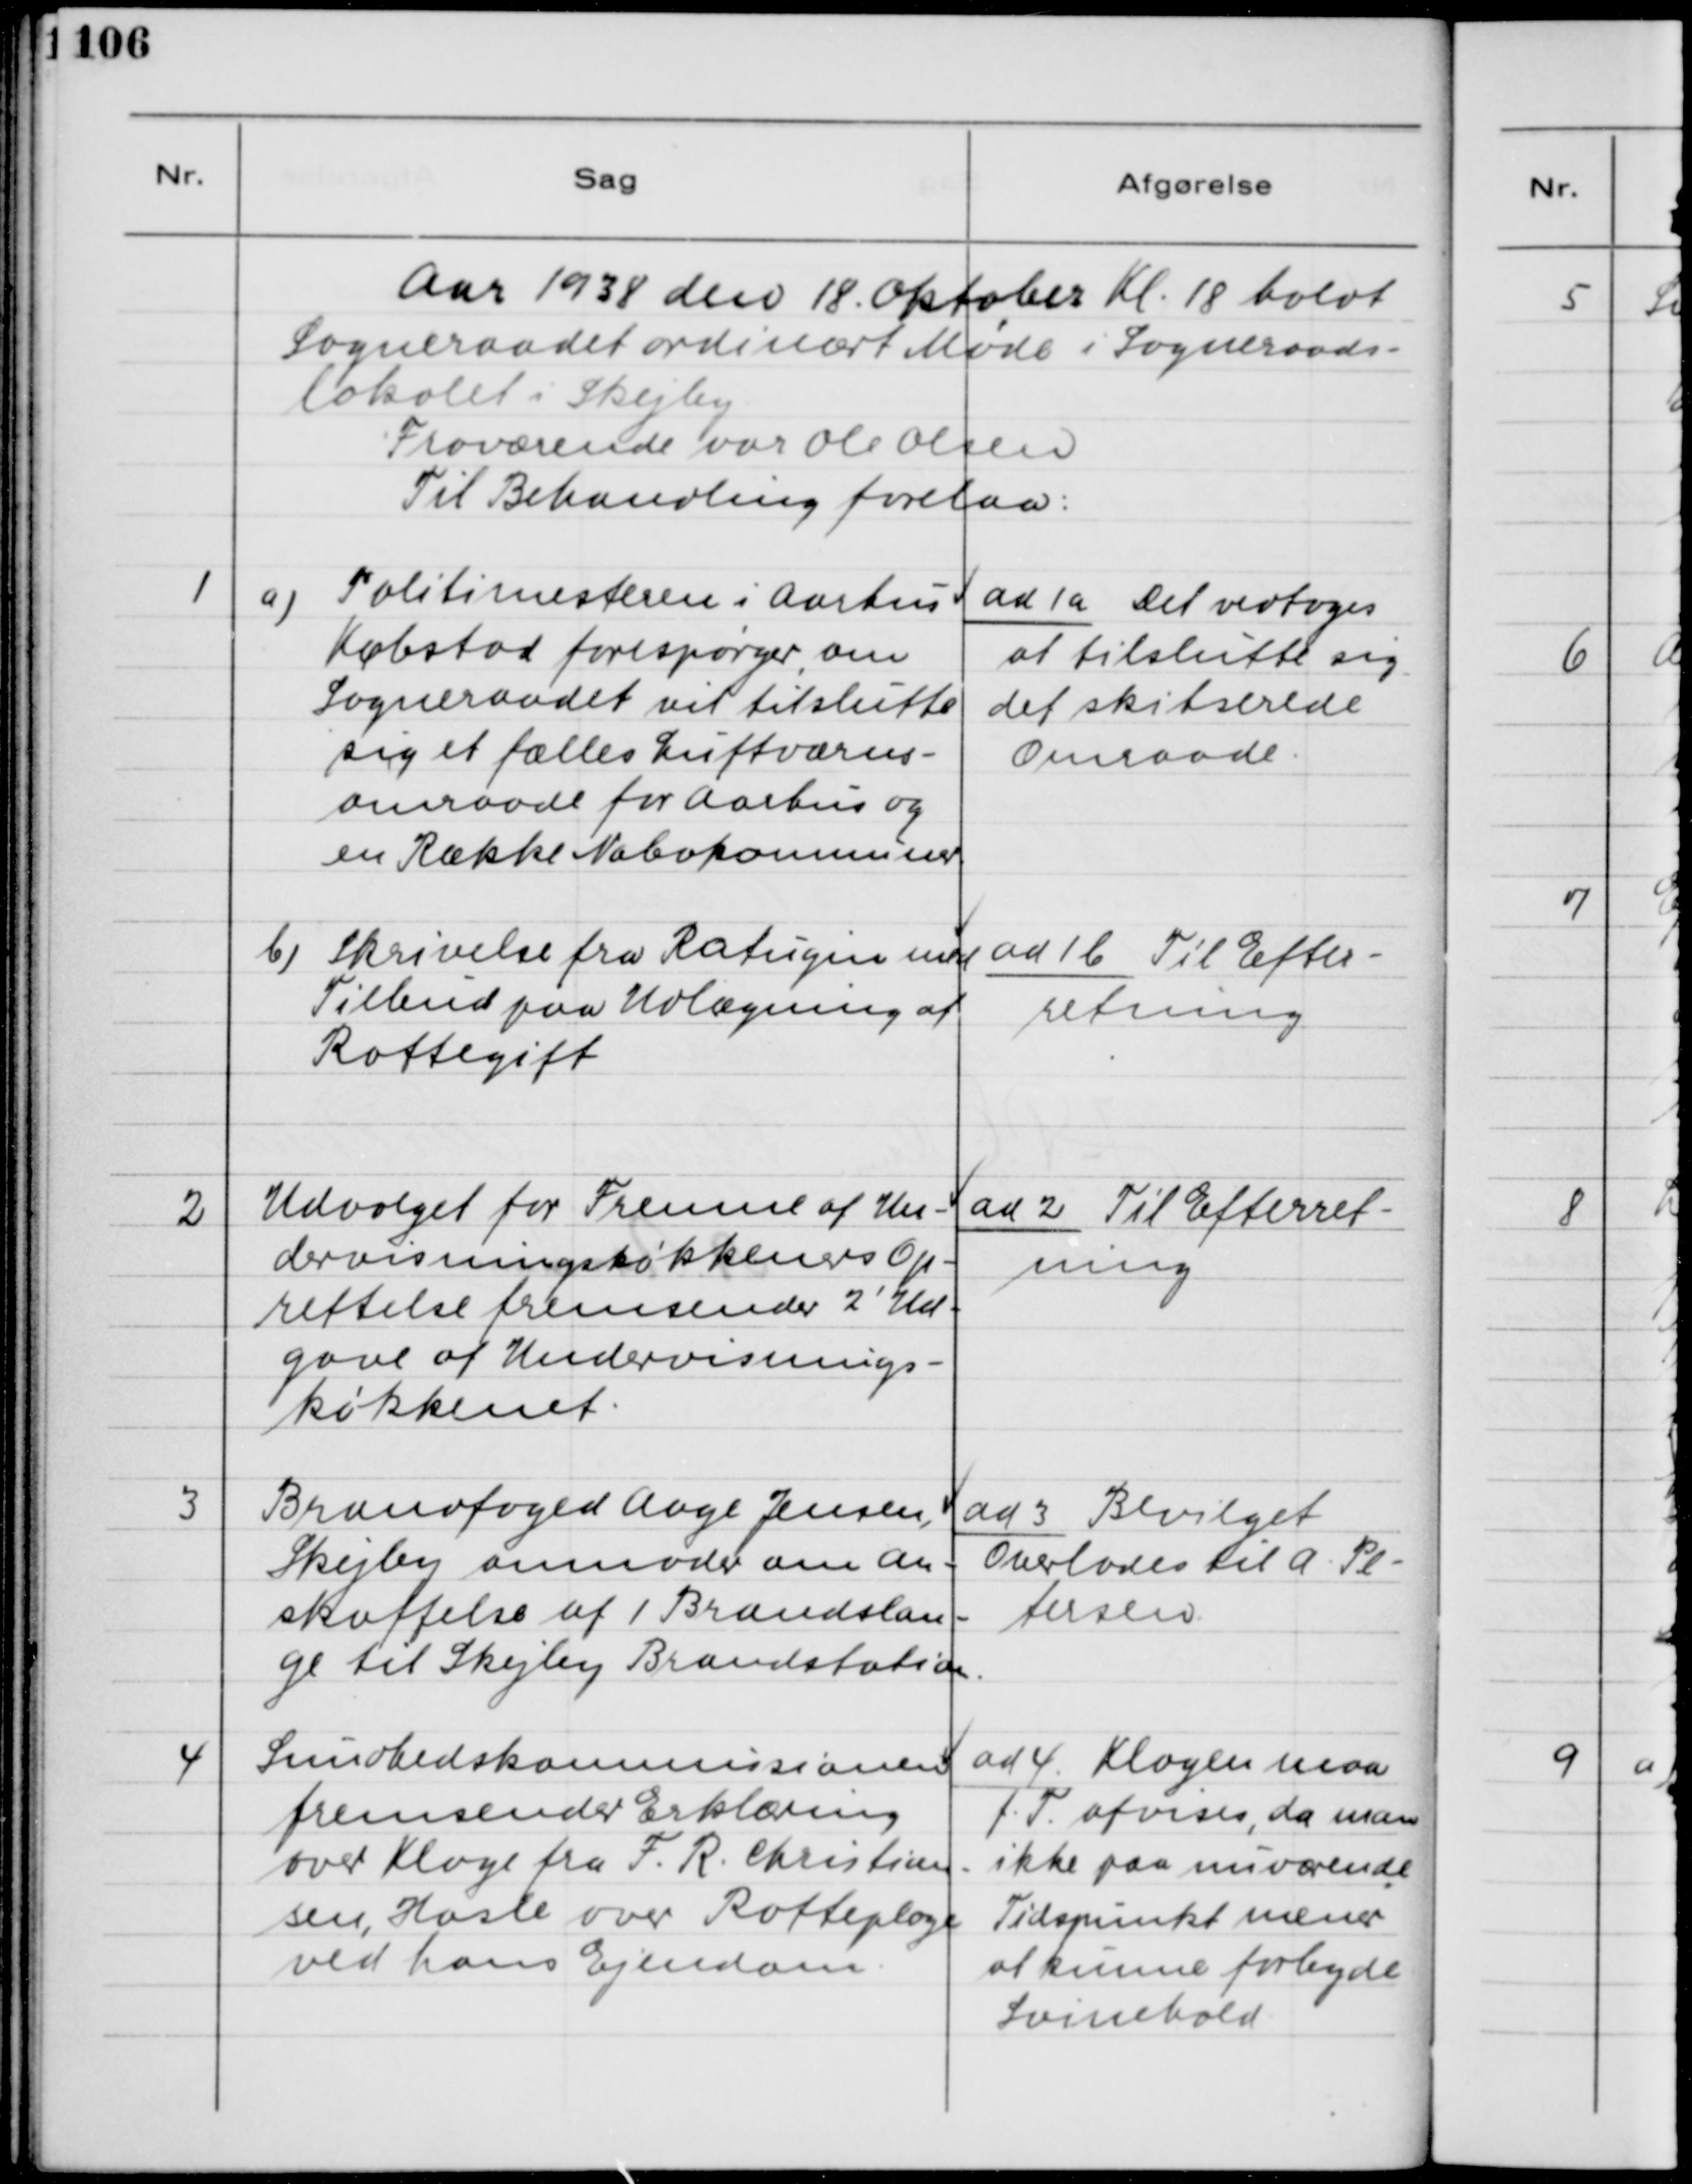
Transskription:
Aar 1938 den 18. Oktober Kl. 18 holdt
Sogneraadet ordinært Møde i Sogneraads-
lokalet i Skejby.
Fraværende var Ole Olsen
Til Behandling forelaa:

1 a) Politimesteren i Aarhus
Købstad forespørger om
Sogneraadet vil tilslutte
sig et fælles Luftværns-
omraade for Aarhus og
en Række Nabokommuner.

ad 1 a Det vedtoges
at tilslutte sig
det skitserede
Omraade.

b) Skrivelse fra Ratugin med
Tilbud paa Udlægning af
Rottegift.

ad 1b. Til Efter-
retning

2. Udvalget for Fremme af Un-
dervisningskøkkeners Op-
rettelse fremsender 2´ Ud-
gave af Undervisnings-
køkkenet.

ad 2. Til Efterret-
ning

3. Brandfoged Aage Jensen,
Skejby anmoder om An-
skaffelse af 1 Brandslan-
ge til Skejby Brandstation.

ad 3. Bevilget.
Overlades til A. Pe-
tersen.

4. Sundhedskommissionen
fremsender Erklæring
over Klage fra F. R. Christian-
sen, Hasle over Rotteplage
ved hans Ejendom.

ad 4. Klagen maa
f.T. afvises, da man
ikke paa nuværende
Tidspunkt mener
at kunne forbyde
Svinehold.